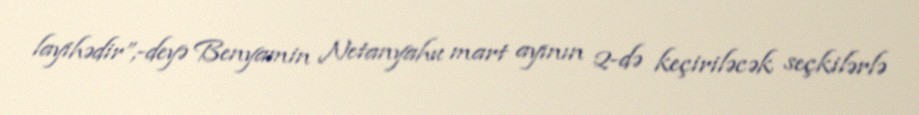
layihədir”,-deyə Benyamin Netanyahu mart ayının 2-də keçiriləcək seçkilərlə